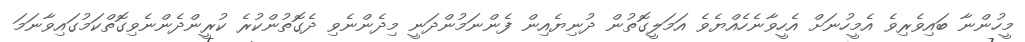
މީހުންނާ ބައިވެރިވެ އެމީހުނަށް އެހީވާނެހެއްޔެވެ އަމަލީގޮތުން ދުނިޔެއިން ފެންނަމުންދަނީ މިދެންނެވި ދެގޮތުންކުރެ ކުރީންދެންނެވިގޮތްކަމުގައިވާނަމަ